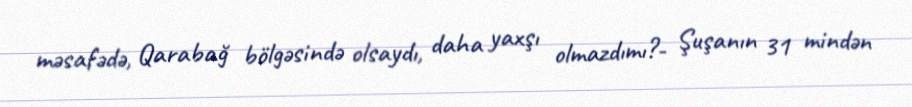
məsafədə, Qarabağ bölgəsində olsaydı, daha yaxşı olmazdımı?- Şuşanın 31 mindən